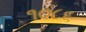
૧૦૮૬